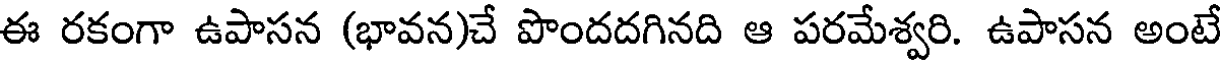
ఈ రకంగా ఉపాసన (భావన)చే పొందదగినది ఆ పరమేశ్వరి. ఉపాసన అంటే